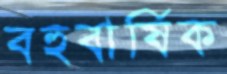
বহুবার্ষিক